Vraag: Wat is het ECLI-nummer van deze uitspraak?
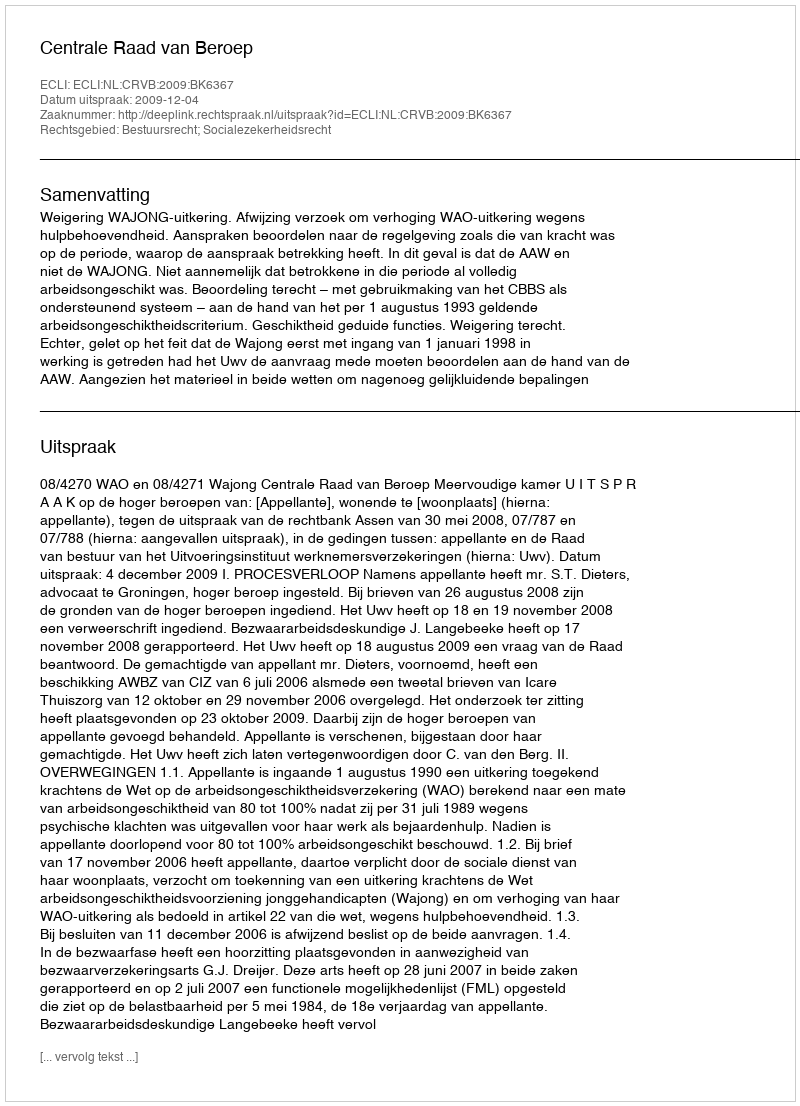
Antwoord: ECLI:NL:CRVB:2009:BK6367